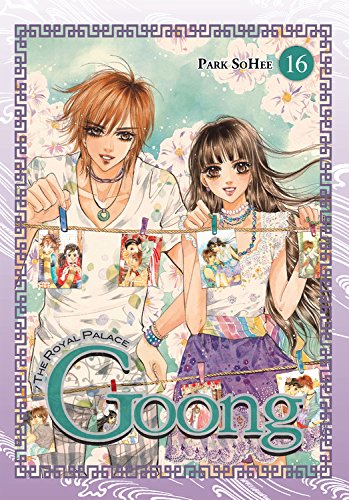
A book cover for Goong, Vol. 16: The Royal Palace; Teen & Young Adult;